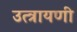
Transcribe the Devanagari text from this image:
उत्त्रायणी